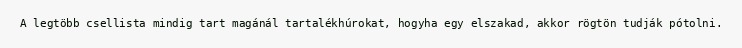
A legtöbb csellista mindig tart magánál tartalékhúrokat, hogyha egy elszakad, akkor rögtön tudják pótolni.